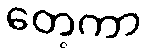
တေ့ကာ